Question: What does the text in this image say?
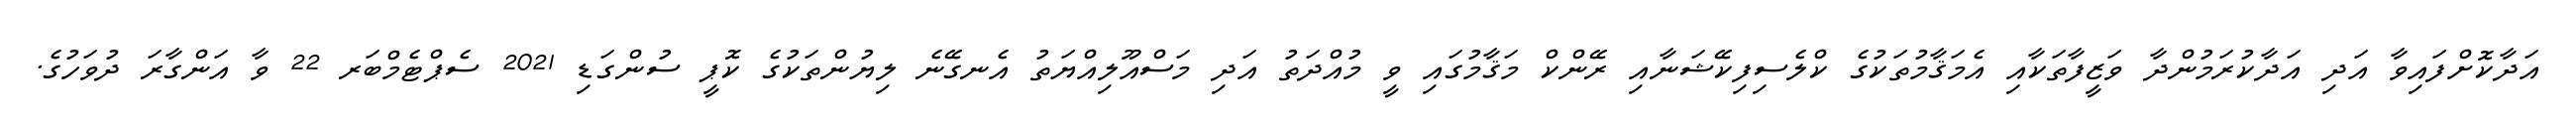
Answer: އަދާކޮށްފައިވާ އަދި އަދާކުރަމުންދާ ވަޒީފާތަކާއި އެމަޤާމުތަކުގެ ކްލެސިފިކޭޝަނާއި ރޭންކް މަޤާމުގައި ވީ މުއްދަތު އަދި މަސްއޫލިއްޔަތު އެނގޭނެ ލިޔުންތަކުގެ ކޮޕީ ސުންގަޑި 2021 ސެޕްޓެމްބަރ 22 ވާ އަންގާރަ ދުވަހުގެ.